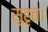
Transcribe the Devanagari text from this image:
सुहृत।